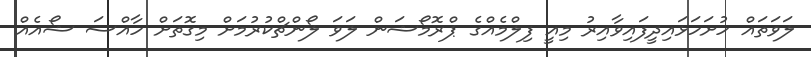
ލަވަތައް ހުށަހަޅައިދީފައިވާއިރު މިއީ ފިލްމެއްގެ ޕްރޮމޯޝަން ލަވަ ލޯންޗްކުރުމަށް މިގޮތަށް ހާއްސަ ޝޯއެއް